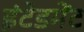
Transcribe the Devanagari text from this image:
इंटेडमेंट